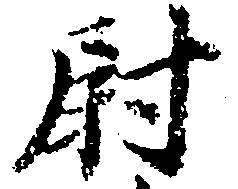
尉